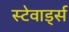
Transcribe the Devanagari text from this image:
स्टेवार्ड्स